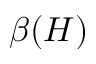
\beta ( H )